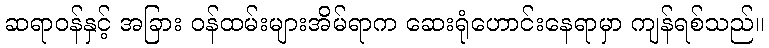
ဆရာဝန်နှင့် အခြား ဝန်ထမ်းများအိမ်ရာက ဆေးရုံဟောင်းနေရာမှာ ကျန်ရစ်သည်။